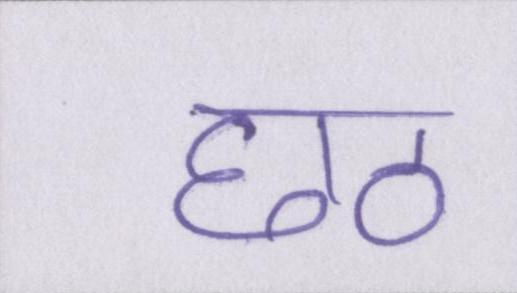
छठ